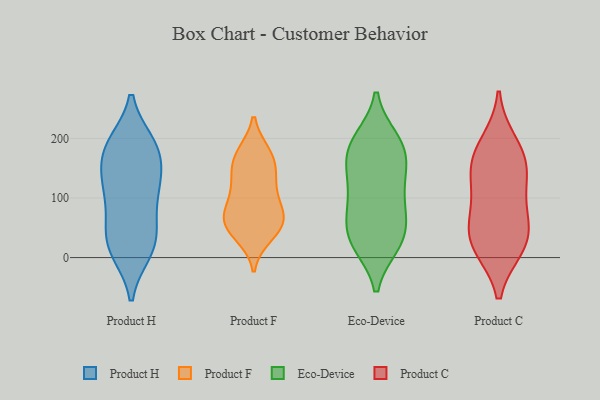
{"axis": {"x": "Net Income (USD K)", "y": "Value"}, "legend": ["Eco-Device", "Product C", "Product F", "Product H"], "data": [{"x": "", "y": 140, "type": "Product H"}, {"x": "", "y": 64, "type": "Product H"}, {"x": "", "y": 128, "type": "Product H"}, {"x": "", "y": 24, "type": "Product H"}, {"x": "", "y": 178, "type": "Product H"}, {"x": "", "y": 127, "type": "Product H"}, {"x": "", "y": 188, "type": "Product H"}, {"x": "", "y": 17, "type": "Product H"}, {"x": "", "y": 71, "type": "Product H"}, {"x": "", "y": 124, "type": "Product H"}, {"x": "", "y": 10, "type": "Product H"}, {"x": "", "y": 11, "type": "Product H"}, {"x": "", "y": 106, "type": "Product H"}, {"x": "", "y": 190, "type": "Product H"}, {"x": "", "y": 42, "type": "Product H"}, {"x": "", "y": 191, "type": "Product H"}, {"x": "", "y": 181, "type": "Product H"}, {"x": "", "y": 54, "type": "Product F"}, {"x": "", "y": 84, "type": "Product F"}, {"x": "", "y": 55, "type": "Product F"}, {"x": "", "y": 125, "type": "Product F"}, {"x": "", "y": 51, "type": "Product F"}, {"x": "", "y": 174, "type": "Product F"}, {"x": "", "y": 97, "type": "Product F"}, {"x": "", "y": 147, "type": "Product F"}, {"x": "", "y": 38, "type": "Product F"}, {"x": "", "y": 172, "type": "Product F"}, {"x": "", "y": 167, "type": "Product F"}, {"x": "", "y": 127, "type": "Product F"}, {"x": "", "y": 72, "type": "Product F"}, {"x": "", "y": 64, "type": "Product F"}, {"x": "", "y": 198, "type": "Eco-Device"}, {"x": "", "y": 126, "type": "Eco-Device"}, {"x": "", "y": 24, "type": "Eco-Device"}, {"x": "", "y": 169, "type": "Eco-Device"}, {"x": "", "y": 25, "type": "Eco-Device"}, {"x": "", "y": 194, "type": "Eco-Device"}, {"x": "", "y": 146, "type": "Eco-Device"}, {"x": "", "y": 72, "type": "Eco-Device"}, {"x": "", "y": 112, "type": "Eco-Device"}, {"x": "", "y": 54, "type": "Eco-Device"}, {"x": "", "y": 74, "type": "Eco-Device"}, {"x": "", "y": 85, "type": "Eco-Device"}, {"x": "", "y": 194, "type": "Eco-Device"}, {"x": "", "y": 180, "type": "Eco-Device"}, {"x": "", "y": 147, "type": "Eco-Device"}, {"x": "", "y": 22, "type": "Eco-Device"}, {"x": "", "y": 27, "type": "Eco-Device"}, {"x": "", "y": 20, "type": "Product C"}, {"x": "", "y": 50, "type": "Product C"}, {"x": "", "y": 108, "type": "Product C"}, {"x": "", "y": 162, "type": "Product C"}, {"x": "", "y": 19, "type": "Product C"}, {"x": "", "y": 191, "type": "Product C"}, {"x": "", "y": 142, "type": "Product C"}, {"x": "", "y": 30, "type": "Product C"}, {"x": "", "y": 77, "type": "Product C"}, {"x": "", "y": 162, "type": "Product C"}]}